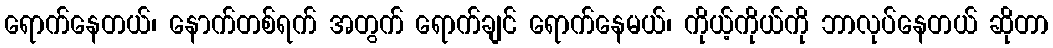
ရောက်နေတယ်၊ နောက်တစ်ရက် အတွက် ရောက်ချင် ရောက်နေမယ်၊ ကိုယ့်ကိုယ်ကို ဘာလုပ်နေတယ် ဆိုတာ